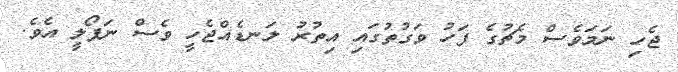
ޖެހި ނަމަވެސް މެޗުގެ ފަހު ވަގުތުގައި އިތުރު ލަނޑެއްޖެހީ ވެސް ނަޕޯލީ އެވެ.